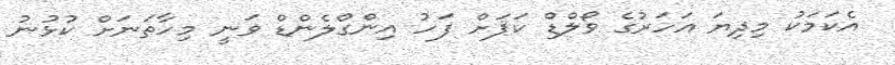
އެކަމަކު މިދިޔަ އަހަރުގެ ވޯލްޑް ކަޕަށް ފަހު އިންގްލެންޑް ވަނީ މިހާތަނަށް ކުޅުނު